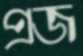
প্রজ